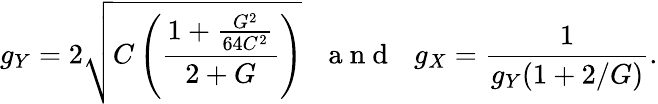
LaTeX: g_{Y}=2\sqrt{C\left(\frac{1+\frac{G^{2}}{64C^{2}}}{2+G}\right)}\, \, \, \, \mathrm{~a~n~d~}\, \, \, \, g_{X}=\frac{1}{g_{Y}(1+2/G)}.